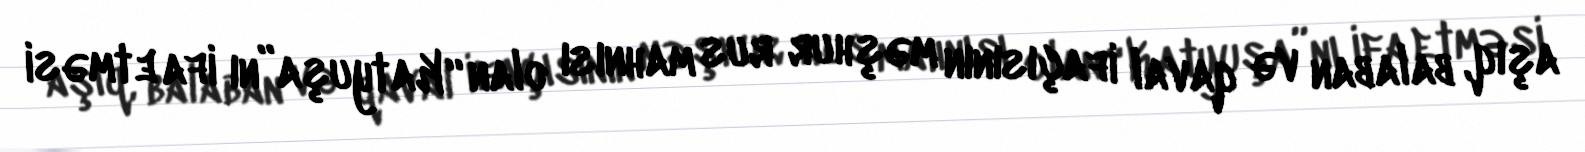
aşıq, balaban və qaval ifaçısının məşhur rus mahnısı olan “Katyuşa”nı ifa etməsi